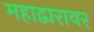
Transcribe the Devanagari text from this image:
महाद्वारावर